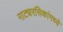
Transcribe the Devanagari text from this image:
नाट्यरसिकांमध्ये